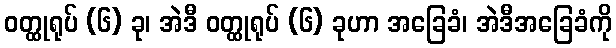
ဝတ္ထုရုပ် (၆) ခု၊ အဲဒီ ဝတ္ထုရုပ် (၆) ခုဟာ အခြေခံ၊ အဲဒီအခြေခံကို